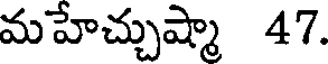
మహేచ్చుష్మా 47.